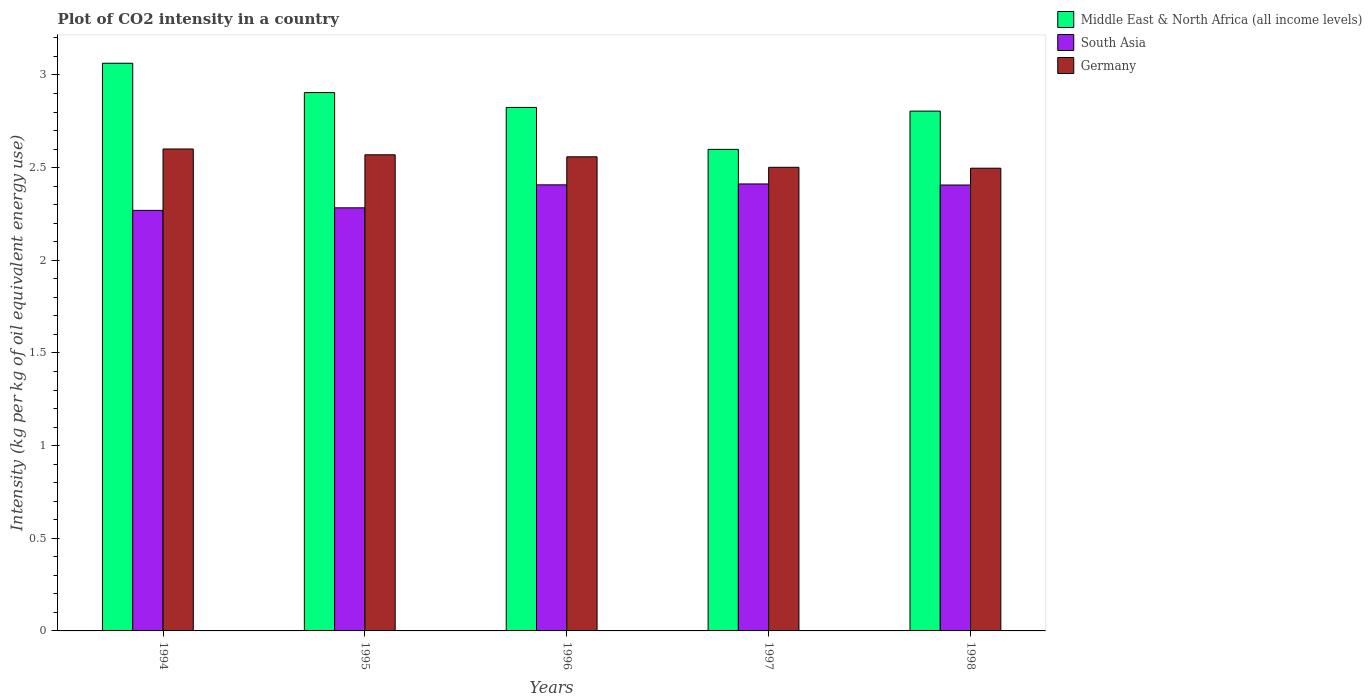
| Years | Middle East & North Africa (all income levels) | South Asia | Germany |
 | --- | --- | --- | --- |
 | 1994 | 3.06 | 2.27 | 2.6 |
 | 1995 | 2.9 | 2.28 | 2.57 |
 | 1996 | 2.82 | 2.41 | 2.56 |
 | 1997 | 2.6 | 2.41 | 2.5 |
 | 1998 | 2.81 | 2.41 | 2.5 |